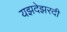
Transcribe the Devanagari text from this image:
यझदेझरदी